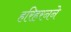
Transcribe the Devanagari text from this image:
हरिहरनने